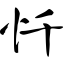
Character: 忏